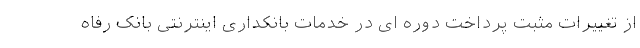
از تغییرات مثبت پرداخت دوره ای در خدمات بانکداری اینترنتی بانک رفاه